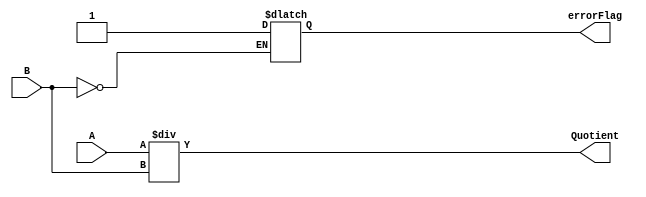
module Divide_by_16(A, B, Quotient, errorFlag);
	input [15:0] A, B;
	reg [15:0] test = 16'b0000000000000000;
	output wire [15:0] Quotient;
	integer testfor_0 = 0;
	output wire errorFlag;
	
	always @* begin
	if (B[15:0] == test[15:0]) begin
	#2
		testfor_0 = 1;
	end //
	end
	assign errorFlag = testfor_0;
	assign Quotient = A / B;
endmodule